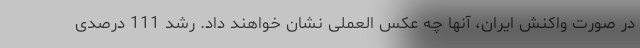
در صورت واکنش ایران، آنها چه عکس العملی نشان خواهند داد. رشد 111 درصدی